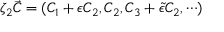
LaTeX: \zeta _ { 2 } \vec { C } = ( C _ { 1 } + \epsilon C _ { 2 } , C _ { 2 } , C _ { 3 } + \tilde { \epsilon } C _ { 2 } , \cdots )